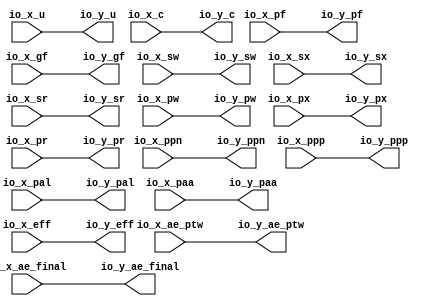
module OptimizationBarrier(
  input  [19:0] io_x_ppn,
  input         io_x_u,
  input         io_x_ae_ptw,
  input         io_x_ae_final,
  input         io_x_pf,
  input         io_x_gf,
  input         io_x_sw,
  input         io_x_sx,
  input         io_x_sr,
  input         io_x_pw,
  input         io_x_px,
  input         io_x_pr,
  input         io_x_ppp,
  input         io_x_pal,
  input         io_x_paa,
  input         io_x_eff,
  input         io_x_c,
  output [19:0] io_y_ppn,
  output        io_y_u,
  output        io_y_ae_ptw,
  output        io_y_ae_final,
  output        io_y_pf,
  output        io_y_gf,
  output        io_y_sw,
  output        io_y_sx,
  output        io_y_sr,
  output        io_y_pw,
  output        io_y_px,
  output        io_y_pr,
  output        io_y_ppp,
  output        io_y_pal,
  output        io_y_paa,
  output        io_y_eff,
  output        io_y_c
);
  assign io_y_ppn = io_x_ppn; // @[package.scala 263:12]
  assign io_y_u = io_x_u; // @[package.scala 263:12]
  assign io_y_ae_ptw = io_x_ae_ptw; // @[package.scala 263:12]
  assign io_y_ae_final = io_x_ae_final; // @[package.scala 263:12]
  assign io_y_pf = io_x_pf; // @[package.scala 263:12]
  assign io_y_gf = io_x_gf; // @[package.scala 263:12]
  assign io_y_sw = io_x_sw; // @[package.scala 263:12]
  assign io_y_sx = io_x_sx; // @[package.scala 263:12]
  assign io_y_sr = io_x_sr; // @[package.scala 263:12]
  assign io_y_pw = io_x_pw; // @[package.scala 263:12]
  assign io_y_px = io_x_px; // @[package.scala 263:12]
  assign io_y_pr = io_x_pr; // @[package.scala 263:12]
  assign io_y_ppp = io_x_ppp; // @[package.scala 263:12]
  assign io_y_pal = io_x_pal; // @[package.scala 263:12]
  assign io_y_paa = io_x_paa; // @[package.scala 263:12]
  assign io_y_eff = io_x_eff; // @[package.scala 263:12]
  assign io_y_c = io_x_c; // @[package.scala 263:12]
endmodule